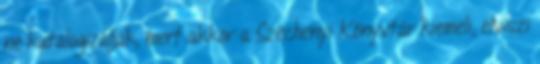
ne katalogizálják, mert akkor a Széchenyi Könyvtár kiemeli, elviszi